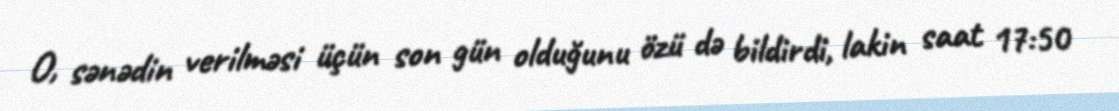
O, sənədin verilməsi üçün son gün olduğunu özü də bildirdi, lakin saat 17:50